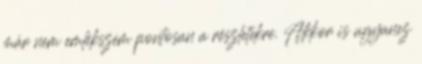
már nem emlékszem pontosan a részletekre. Akkor is ugyanez